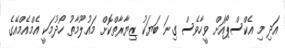
އަދި މި އެކްސްޕޯއަށް ވީހާވެސް ގިނަ ބަޔަކު ޒިޔާރާތްކޮށް މައުލޫމާތު ހޯދުމަކީ އެމްއެމްއޭގެ